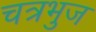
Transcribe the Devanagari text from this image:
चत्रभुज